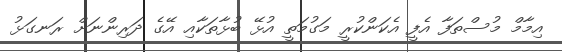
އިމާމް މުސްތަފާ އެފީ އެކަންކުރީ މަގުމަތީ އުޅޭ ބުޅާތަކާއި އޭގެ ދަރިންނަށް ރަނގަޅު